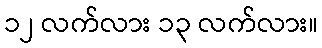
၁၂ လက်လား ၁၃ လက်လား။